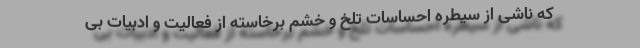
که ناشی از سیطره احساسات تلخ و خشم برخاسته از فعالیت و ادبیات بی‌